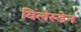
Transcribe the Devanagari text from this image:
विलेस्डेन